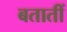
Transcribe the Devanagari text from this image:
बतातीं